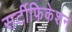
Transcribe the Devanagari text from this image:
सर्टीफिकेशन